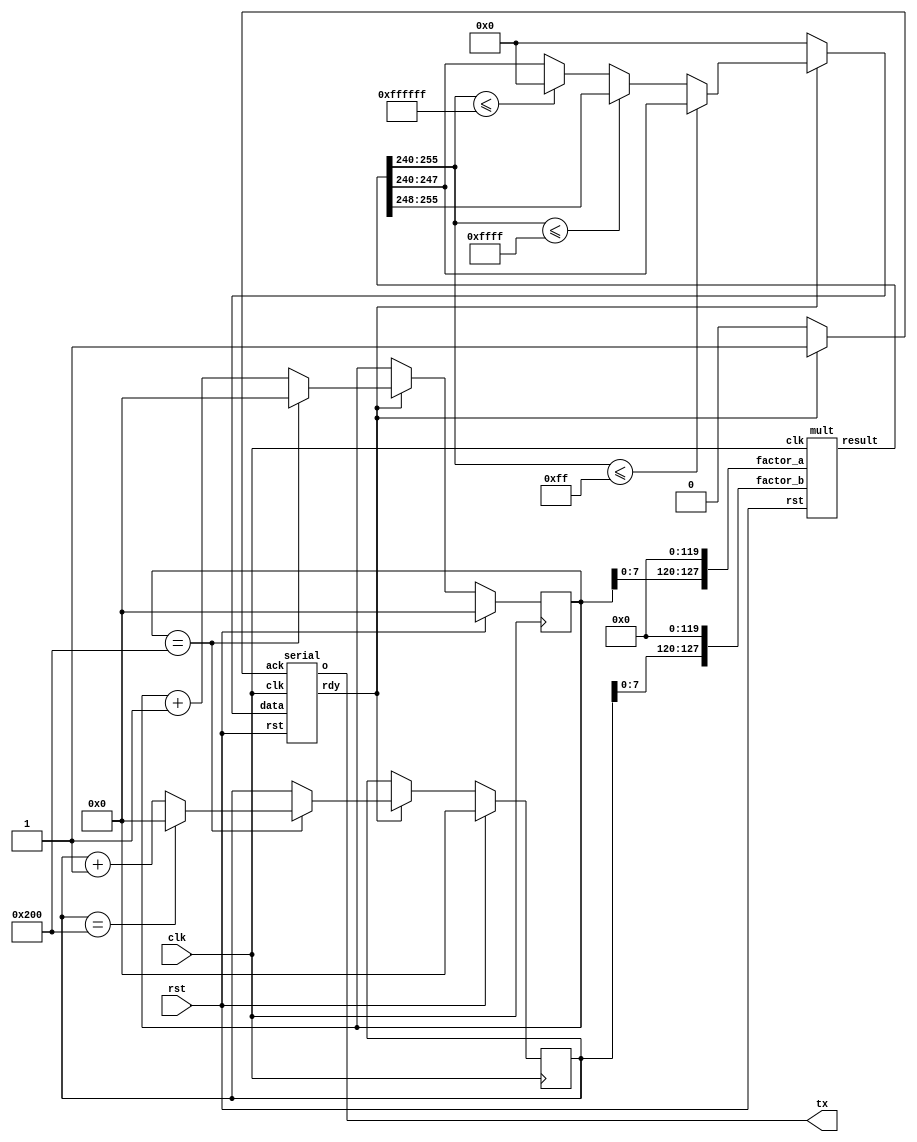
/* Generated by Yosys 0.17 (git sha1 6f9602b4c, gcc 11.3.0-1ubuntu1~22.04 -fPIC -Os) */

(* \amaranth.hierarchy  = "TimesTable" *)
(* top =  1  *)
(* generator = "Amaranth" *)
module TimesTable(clk, rst, tx);
  reg \$auto$verilog_backend.cc:2083:dump_module$1  = 0;
  wire [254:0] _00_;
  wire [255:0] _01_;
  wire [255:0] _02_;
  wire [255:0] _03_;
  wire _04_;
  wire [255:0] _05_;
  wire _06_;
  wire [254:0] _07_;
  wire [255:0] _08_;
  wire _09_;
  wire [128:0] _10_;
  wire [128:0] _11_;
  wire _12_;
  wire _13_;
  wire [128:0] _14_;
  wire [128:0] _15_;
  wire _16_;
  wire [254:0] _17_;
  wire [254:0] _18_;
  wire [255:0] _19_;
  wire [255:0] _20_;
  reg [127:0] a;
  reg [127:0] \a$next ;
  reg [127:0] b;
  reg [127:0] \b$next ;
  input clk;
  wire clk;
  reg [127:0] mult_factor_a;
  reg [127:0] mult_factor_b;
  wire [255:0] mult_result;
  reg [255:0] r;
  input rst;
  wire rst;
  reg serial_ack;
  reg [7:0] serial_data;
  wire serial_o;
  wire serial_rdy;
  output tx;
  reg tx;
  assign _01_ = + r[255:8];
  assign _02_ = + r[255:16];
  assign _04_ = r <= 24'hffffff;
  assign _03_ = _04_ ? _02_ : r;
  assign _06_ = r <= 16'hffff;
  assign _05_ = _06_ ? _01_ : _03_;
  assign _09_ = r <= 8'hff;
  assign _08_ = _09_ ? r : _05_;
  assign _11_ = a + 1'h1;
  assign _07_ = a <<< 7'h78;
  assign _12_ = a == 10'h200;
  assign _13_ = a == 10'h200;
  assign _15_ = b + 1'h1;
  assign _16_ = b == 10'h200;
  assign _18_ = b <<< 7'h78;
  assign _19_ = mult_result >>> 8'hf0;
  mult mult (
    .clk(clk),
    .factor_a(mult_factor_a),
    .factor_b(mult_factor_b),
    .result(mult_result),
    .rst(rst)
  );
  serial serial (
    .ack(serial_ack),
    .clk(clk),
    .data(serial_data),
    .o(serial_o),
    .rdy(serial_rdy),
    .rst(rst)
  );
  always @* begin
    if (\$auto$verilog_backend.cc:2083:dump_module$1 ) begin end
    mult_factor_a = 128'h00000000000000000000000000000000;
    mult_factor_a = _00_[127:0];
  end
  initial begin
  end
  always @* begin
    if (\$auto$verilog_backend.cc:2083:dump_module$1 ) begin end
    mult_factor_b = 128'h00000000000000000000000000000000;
    mult_factor_b = _17_[127:0];
  end
  initial begin
  end
  always @* begin
    if (\$auto$verilog_backend.cc:2083:dump_module$1 ) begin end
    r = 256'h0000000000000000000000000000000000000000000000000000000000000000;
    r = _19_;
  end
  initial begin
  end
  always @* begin
    if (\$auto$verilog_backend.cc:2083:dump_module$1 ) begin end
    tx = 1'h0;
    tx = serial_o;
  end
  initial begin
  end
  always @* begin
    if (\$auto$verilog_backend.cc:2083:dump_module$1 ) begin end
    serial_data = 8'h00;
    casez (serial_rdy)
      /* src = "/devel/HDL/kintex-reveng/dsp-tests/mult-harness/./mult_harness.py:50" */
      1'h1:
          serial_data = _20_[7:0];
    endcase
  end
  initial begin
  end
  always @* begin
    if (\$auto$verilog_backend.cc:2083:dump_module$1 ) begin end
    serial_ack = 1'h0;
    casez (serial_rdy)
      /* src = "/devel/HDL/kintex-reveng/dsp-tests/mult-harness/./mult_harness.py:50" */
      1'h1:
          serial_ack = 1'h1;
    endcase
  end
  initial begin
  end
  always @* begin
    if (\$auto$verilog_backend.cc:2083:dump_module$1 ) begin end
    \a$next  = a;
    casez (serial_rdy)
      /* src = "/devel/HDL/kintex-reveng/dsp-tests/mult-harness/./mult_harness.py:50" */
      1'h1:
        begin
          \a$next  = _10_[127:0];
          casez (_12_)
            /* src = "/devel/HDL/kintex-reveng/dsp-tests/mult-harness/./mult_harness.py:59" */
            1'h1:
                \a$next  = 128'h00000000000000000000000000000000;
          endcase
        end
    endcase
    casez (rst)
      1'h1:
          \a$next  = 128'h00000000000000000000000000000000;
    endcase
  end
  initial begin
      a <= 128'h00000000000000000000000000000000;
  end
  always @(posedge clk) begin
      a <= \a$next ;
  end
  always @* begin
    if (\$auto$verilog_backend.cc:2083:dump_module$1 ) begin end
    \b$next  = b;
    casez (serial_rdy)
      /* src = "/devel/HDL/kintex-reveng/dsp-tests/mult-harness/./mult_harness.py:50" */
      1'h1:
          casez (_13_)
            /* src = "/devel/HDL/kintex-reveng/dsp-tests/mult-harness/./mult_harness.py:59" */
            1'h1:
              begin
                \b$next  = _14_[127:0];
                casez (_16_)
                  /* src = "/devel/HDL/kintex-reveng/dsp-tests/mult-harness/./mult_harness.py:64" */
                  1'h1:
                      \b$next  = 128'h00000000000000000000000000000000;
                endcase
              end
          endcase
    endcase
    casez (rst)
      1'h1:
          \b$next  = 128'h00000000000000000000000000000000;
    endcase
  end
  initial begin
      b <= 128'h00000000000000000000000000000000;
  end
  always @(posedge clk) begin
      b <= \b$next ;
  end
  assign _00_ = _07_;
  assign _17_ = _18_;
  assign _20_ = _08_;
  assign _10_ = _11_;
  assign _14_ = _15_;
endmodule

(* \amaranth.hierarchy  = "TimesTable.mult" *)
(* generator = "Amaranth" *)
module mult(factor_b, result, rst, clk, factor_a);
  reg \$auto$verilog_backend.cc:2083:dump_module$2  = 0;
  wire [255:0] _0_;
  input clk;
  wire clk;
  input [127:0] factor_a;
  wire [127:0] factor_a;
  input [127:0] factor_b;
  wire [127:0] factor_b;
  output [255:0] result;
  reg [255:0] result;
  reg [255:0] \result$next ;
  input rst;
  wire rst;
  assign _0_ = factor_a * factor_b;
  always @* begin
    if (\$auto$verilog_backend.cc:2083:dump_module$2 ) begin end
    \result$next  = result;
    \result$next  = _0_;
    casez (rst)
      1'h1:
          \result$next  = 256'h0000000000000000000000000000000000000000000000000000000000000000;
    endcase
  end
  initial begin
      result <= 256'h0000000000000000000000000000000000000000000000000000000000000000;
  end
  always @(posedge clk) begin
      result <= \result$next ;
  end
endmodule

(* \amaranth.hierarchy  = "TimesTable.serial" *)
(* generator = "Amaranth" *)
module serial(rdy, data, ack, rst, clk, o);
  reg \$auto$verilog_backend.cc:2083:dump_module$3  = 0;
  wire _00_;
  wire [10:0] _01_;
  wire [10:0] _02_;
  wire _03_;
  wire [10:0] _04_;
  wire [10:0] _05_;
  wire [10:0] _06_;
  wire [10:0] _07_;
  wire _08_;
  wire _09_;
  wire [10:0] _10_;
  wire _11_;
  wire [4:0] _12_;
  wire [4:0] _13_;
  input ack;
  wire ack;
  reg [3:0] bitno;
  reg [3:0] \bitno$next ;
  input clk;
  wire clk;
  input [7:0] data;
  wire [7:0] data;
  wire [9:0] divisor;
  reg fsm_state;
  reg \fsm_state$next ;
  output o;
  reg o;
  reg \o$next ;
  output rdy;
  reg rdy;
  input rst;
  wire rst;
  reg [7:0] shreg__data;
  reg [7:0] \shreg__data$next ;
  reg shreg__start;
  reg \shreg__start$next ;
  reg shreg__stop;
  reg \shreg__stop$next ;
  reg [9:0] timer;
  reg [9:0] \timer$next ;
  assign _02_ = divisor - 1'h1;
  assign _03_ = timer != 1'h0;
  assign _05_ = timer - 1'h1;
  assign _00_ = timer != 1'h0;
  assign _07_ = divisor - 1'h1;
  assign _08_ = timer != 1'h0;
  assign _09_ = bitno == 1'h0;
  assign _10_ = + { shreg__stop, shreg__data, shreg__start };
  assign _11_ = timer != 1'h0;
  assign _13_ = bitno - 1'h1;
  always @* begin
    if (\$auto$verilog_backend.cc:2083:dump_module$3 ) begin end
    rdy = 1'h0;
    casez (fsm_state)
      /* \amaranth.decoding  = "IDLE/0" */
      /* src = "/devel/HDL/src/amlib/amlib/io/serial.py:212" */
      1'h0:
          rdy = 1'h1;
      /* \amaranth.decoding  = "BUSY/1" */
      /* src = "/devel/HDL/src/amlib/amlib/io/serial.py:225" */
      1'h1:
          /* empty */;
    endcase
  end
  initial begin
  end
  always @* begin
    if (\$auto$verilog_backend.cc:2083:dump_module$3 ) begin end
    \bitno$next  = bitno;
    casez (fsm_state)
      /* \amaranth.decoding  = "IDLE/0" */
      /* src = "/devel/HDL/src/amlib/amlib/io/serial.py:212" */
      1'h0:
          casez (ack)
            /* src = "/devel/HDL/src/amlib/amlib/io/serial.py:214" */
            1'h1:
                \bitno$next  = 4'h9;
          endcase
      /* \amaranth.decoding  = "BUSY/1" */
      /* src = "/devel/HDL/src/amlib/amlib/io/serial.py:225" */
      1'h1:
          casez (_11_)
            /* src = "/devel/HDL/src/amlib/amlib/io/serial.py:226" */
            1'h1:
                /* empty */;
            /* src = "/devel/HDL/src/amlib/amlib/io/serial.py:228" */
            default:
                \bitno$next  = _12_[3:0];
          endcase
    endcase
    casez (rst)
      1'h1:
          \bitno$next  = 4'h0;
    endcase
  end
  initial begin
      bitno <= 4'h0;
  end
  always @(posedge clk) begin
      bitno <= \bitno$next ;
  end
  always @* begin
    if (\$auto$verilog_backend.cc:2083:dump_module$3 ) begin end
    \timer$next  = timer;
    casez (fsm_state)
      /* \amaranth.decoding  = "IDLE/0" */
      /* src = "/devel/HDL/src/amlib/amlib/io/serial.py:212" */
      1'h0:
          casez (ack)
            /* src = "/devel/HDL/src/amlib/amlib/io/serial.py:214" */
            1'h1:
                \timer$next  = _01_[9:0];
          endcase
      /* \amaranth.decoding  = "BUSY/1" */
      /* src = "/devel/HDL/src/amlib/amlib/io/serial.py:225" */
      1'h1:
          casez (_03_)
            /* src = "/devel/HDL/src/amlib/amlib/io/serial.py:226" */
            1'h1:
                \timer$next  = _04_[9:0];
            /* src = "/devel/HDL/src/amlib/amlib/io/serial.py:228" */
            default:
                \timer$next  = _06_[9:0];
          endcase
    endcase
    casez (rst)
      1'h1:
          \timer$next  = 10'h364;
    endcase
  end
  initial begin
      timer <= 10'h364;
  end
  always @(posedge clk) begin
      timer <= \timer$next ;
  end
  always @* begin
    if (\$auto$verilog_backend.cc:2083:dump_module$3 ) begin end
    \fsm_state$next  = fsm_state;
    casez (fsm_state)
      /* \amaranth.decoding  = "IDLE/0" */
      /* src = "/devel/HDL/src/amlib/amlib/io/serial.py:212" */
      1'h0:
          casez (ack)
            /* src = "/devel/HDL/src/amlib/amlib/io/serial.py:214" */
            1'h1:
                \fsm_state$next  = 1'h1;
          endcase
      /* \amaranth.decoding  = "BUSY/1" */
      /* src = "/devel/HDL/src/amlib/amlib/io/serial.py:225" */
      1'h1:
          casez (_08_)
            /* src = "/devel/HDL/src/amlib/amlib/io/serial.py:226" */
            1'h1:
                /* empty */;
            /* src = "/devel/HDL/src/amlib/amlib/io/serial.py:228" */
            default:
                casez (_09_)
                  /* src = "/devel/HDL/src/amlib/amlib/io/serial.py:234" */
                  1'h1:
                      \fsm_state$next  = 1'h0;
                endcase
          endcase
    endcase
    casez (rst)
      1'h1:
          \fsm_state$next  = 1'h0;
    endcase
  end
  initial begin
      fsm_state <= 1'h0;
  end
  always @(posedge clk) begin
      fsm_state <= \fsm_state$next ;
  end
  always @* begin
    if (\$auto$verilog_backend.cc:2083:dump_module$3 ) begin end
    \shreg__start$next  = shreg__start;
    \shreg__data$next  = shreg__data;
    \shreg__stop$next  = shreg__stop;
    \o$next  = o;
    casez (fsm_state)
      /* \amaranth.decoding  = "IDLE/0" */
      /* src = "/devel/HDL/src/amlib/amlib/io/serial.py:212" */
      1'h0:
          casez (ack)
            /* src = "/devel/HDL/src/amlib/amlib/io/serial.py:214" */
            1'h1:
              begin
                \shreg__start$next  = 1'h0;
                \shreg__data$next  = data;
                \shreg__stop$next  = 1'h1;
              end
          endcase
      /* \amaranth.decoding  = "BUSY/1" */
      /* src = "/devel/HDL/src/amlib/amlib/io/serial.py:225" */
      1'h1:
          casez (_00_)
            /* src = "/devel/HDL/src/amlib/amlib/io/serial.py:226" */
            1'h1:
                /* empty */;
            /* src = "/devel/HDL/src/amlib/amlib/io/serial.py:228" */
            default:
                { \shreg__stop$next , \shreg__data$next , \shreg__start$next , \o$next  } = _10_;
          endcase
    endcase
    casez (rst)
      1'h1:
        begin
          \shreg__start$next  = 1'h0;
          \shreg__data$next  = 8'h00;
          \shreg__stop$next  = 1'h0;
          \o$next  = 1'h1;
        end
    endcase
  end
  initial begin
      shreg__start <= 1'h0;
      shreg__data <= 8'h00;
      shreg__stop <= 1'h0;
      o <= 1'h1;
  end
  always @(posedge clk) begin
      shreg__start <= \shreg__start$next ;
      shreg__data <= \shreg__data$next ;
      shreg__stop <= \shreg__stop$next ;
      o <= \o$next ;
  end
  assign _12_ = _13_;
  assign _01_ = _02_;
  assign _04_ = _05_;
  assign _06_ = _07_;
  assign divisor = 10'h364;
endmodule